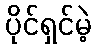
ပိုင်ရှင်မဲ့